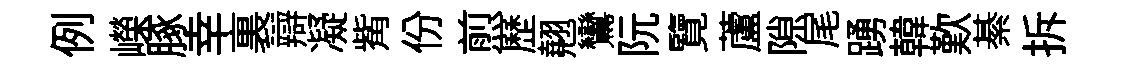
例嶸䐁幸裏辯凝觜份煎歷翹鸞阮覽蘆隙尾踴韓歎綦拆